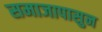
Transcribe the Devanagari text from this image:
समाजापासुन